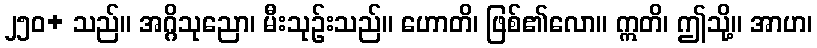
၂၅၀+ သည်။ အဂ္ဂိသုညော၊ မီးသုဉ်းသည်။ ဟောတိ၊ ဖြစ်၏လော။ ဣတိ၊ ဤသို့။ အာဟ၊